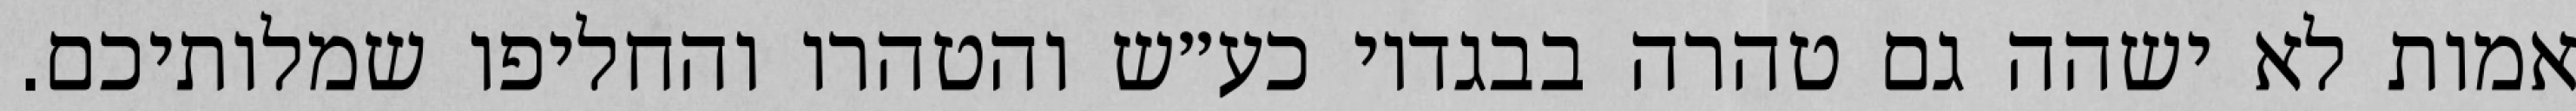
אמות לא ישהה גם טהרה בבגדיו כע״ש והטהרו והחליפו שמלותיכם.